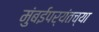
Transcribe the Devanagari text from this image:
मुंबईपर्यंतच्या